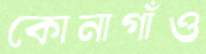
কোনাগাঁও